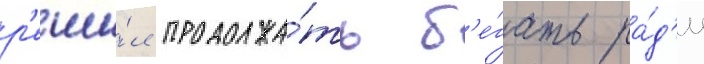
р'еши́л продолжа́ть б'е́гать ра́д'и